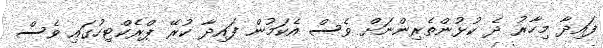
ފައިދާ މިހާރު ދެ ކުޅުންތެރިންނަށް ވެސް އެކަމުން ފައިދާ ކުރޭ ޕްރެކްޓިހުގައި ވެސް